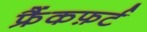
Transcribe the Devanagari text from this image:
फ्रैंकफ़र्ट